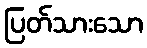
ပြတ်သားသော